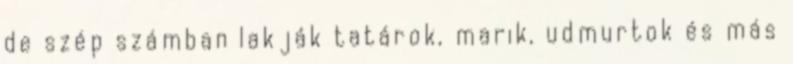
de szép számban lakják tatárok, marik, udmurtok és más